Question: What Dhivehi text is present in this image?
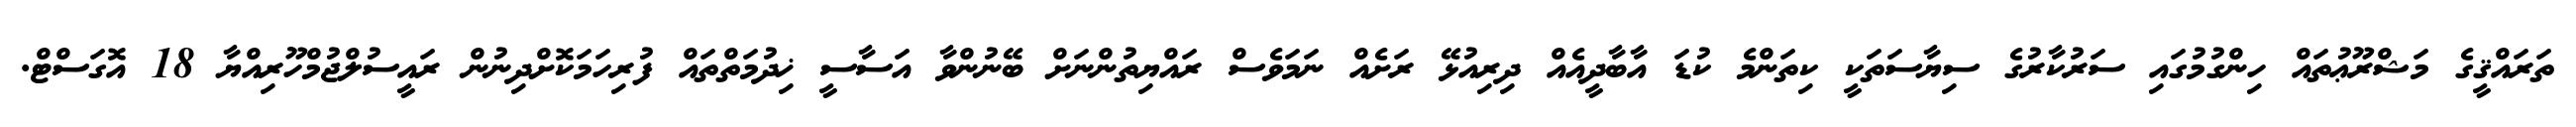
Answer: ތަރައްޤީގެ މަޝްރޫޢުތައް ހިންގުމުގައި ސަރުކާރުގެ ސިޔާސަތަކީ ކިތަންމެ ކުޑަ އާބާދީއެއް ދިރިއުޅޭ ރަށެއް ނަމަވެސް ރައްޔިތުންނަށް ބޭނުންވާ އަސާސީ ޚިދުމަތްތައް ފުރިހަމަކޮށްދިނުން ރައީސުލްޖުމްހޫރިއްޔާ 18 އޮގަސްޓް.